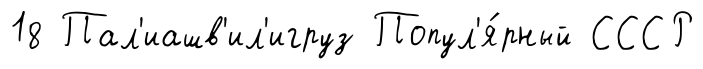
18 Пал'иашв'ил'игруз Попул'я́рный СССР